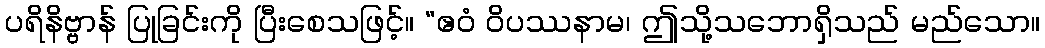
ပရိနိဗ္ဗာန် ပြုခြင်းကို ပြီးစေသဖြင့်။ “ဧဝံ ဝိပဿနာမ၊ ဤသို့သဘောရှိသည် မည်သော။